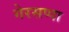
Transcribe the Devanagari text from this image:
गेरसप्पा